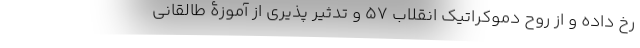
رخ داده و از روح دموکراتیک انقلاب 57 و تدثیر پذیری از آموزۀ طالقانی